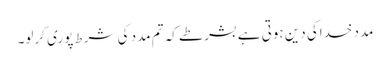
مدد خداکی دین ہوتی ہے بشرطے کہ تم مدد کی شرط پوری کرلو۔